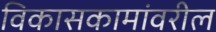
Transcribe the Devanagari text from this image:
विकासकामांवरील